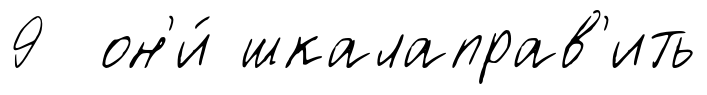
9 он'и́ шкалаправ'ить